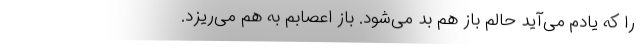
را که یادم می‌آید حالم باز هم بد می‌شود. باز اعصابم به هم می‌ریزد.